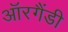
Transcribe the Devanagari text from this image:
ऑरगैंडी